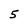
Character: 5